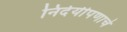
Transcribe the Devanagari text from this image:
निर्दयीपणाचे